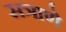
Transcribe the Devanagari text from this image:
सत्राणे